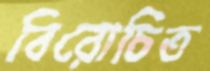
বিরোচিত